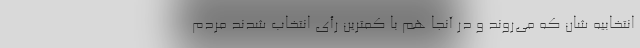
انتخابیه شان که می‌روند و در آنجا هم با کمترین رأی انتخاب شدند مردم